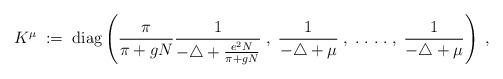
LaTeX: \begin{align*}K^\mu \; := \; \mbox{diag} \left(\frac{\pi}{\pi + gN} \frac{1}{-\triangle+\frac{e^2N}{\pi + gN}} \; , \;\frac{1}{-\triangle +\mu}\; , \; . \; . \; . \; . \; , \;\frac{1}{-\triangle +\mu} \right) \; ,\end{align*}